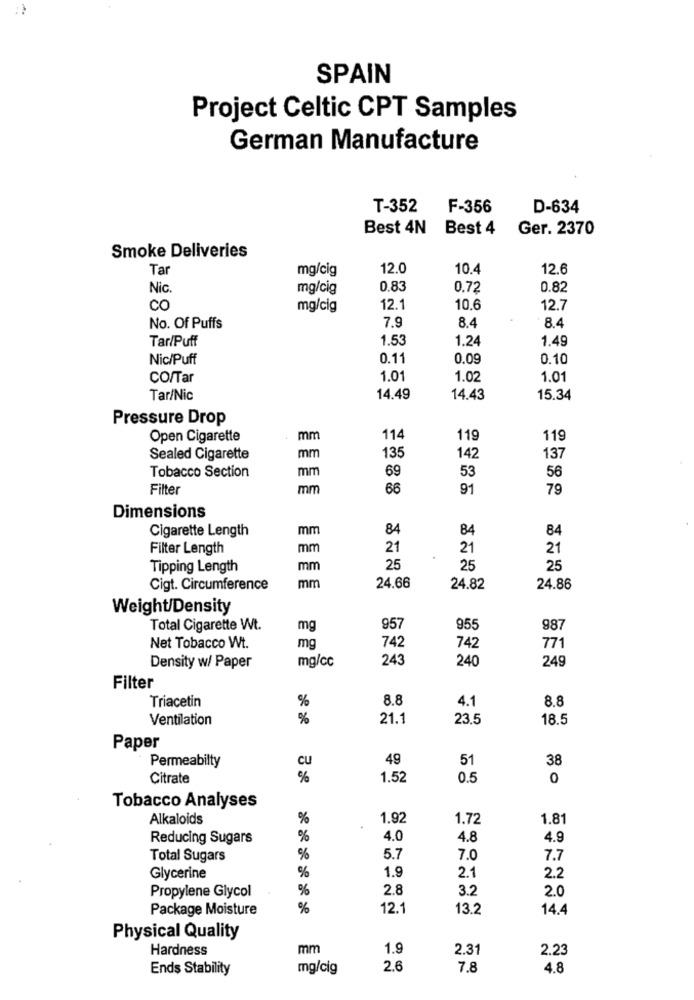
SPAIN
Project Celtic CPT Samples
German Manufacture
T-352
F-356
D-634
Best 4N
Best 4
Ger. 2370
Smoke Deliveries
Tar
mg/cig
12.0
10.4
12.6
Nic.
mg/cig
0.83
0.72
0.82
co
mg/cig
12.1
10.6
12.7
7.9
8.4
8.4
No. Of Puffs
Tar/Puff
1.53
1.24
1.49
Nic/Puff
0.11
0.09
0.10
CO/Tar
1.01
1.02
1.01
Tar/Nic
14.49
14.43
15.34
Pressure Drop
Open Cigarette
mm
114
119
119
Sealed Cigarette
mm
135
142
137
Tobacco Section
mm
69
53
56
Filter
mm
66
91
79
Dimensions
Cigarette Length
mm
84
84
84
Filter Length
mm
21
21
21
Tipping Length
mm
25
25
25
Cigt. Circumference
mm
24.66
24.82
24.86
Weight/Density
Total Cigarette Wt.
mg
957
955
987
742
771
Net Tobacco Wt.
mg
742
mg/cc
243
240
249
Density w/ Paper
Filter
Triacetin
%
8.8
4.1
8.8
Ventilation
%
21.1
23.5
18.5
Paper
Permeabilty
49
51
38
cu
Citrate
%
1.52
0.5
0
Tobacco Analyses
Alkaloids
%
1.92
1.72
1.81
Reducing Sugars
%
4.0
4.8
4.9
Total Sugars
%
5.7
7.0
7.7
%
1.9
Glycerine
2.1
2.2
%
2.8
3.2
Propylene Glycol
2.0
Package Moisture
%
12.1
13.2
14.4
Physical Quality
Hardness
mm
1.9
2.31
2.23
Ends Stability
mg/cig
2.6
7.8
4.8